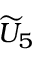
{ \widetilde { U } } _ { 5 }